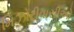
મિઝોરીવાસીઓ